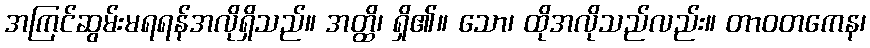
အကြင်ဆွမ်းမရရန်အလိုရှိသည်။ အတ္ထိ၊ ရှိ၏။ သော၊ ထိုအလိုသည်လည်း။ တာဝတကေန၊